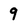
Character: 9